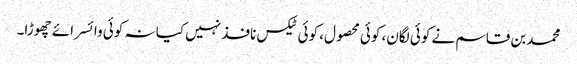
محمدبن قاسم نے کوئی لگان، کوئی محصول، کوئی ٹیکس نافذ نہیں کیا نہ کوئی وائسرائے چھوڑا۔